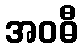
အဝဓီ